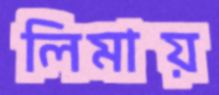
লিমায়